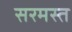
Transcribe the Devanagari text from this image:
सरमस्त